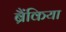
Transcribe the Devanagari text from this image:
ब्रैंकिया